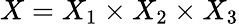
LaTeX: X=X_{1}\times X_{2}\times X_{3}